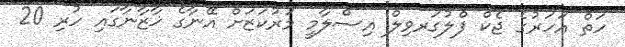
ހަތް އަހަރުގެ ޖެކް ފްލުގަރވިލް އިސްލާމީ މަރުކަޒަށް އޭނާގެ ޚާޒާނާގައި ހުރި 20